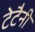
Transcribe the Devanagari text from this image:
टेटैनी